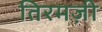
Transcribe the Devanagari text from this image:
तिरमज़ी